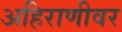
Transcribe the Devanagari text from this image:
अहिराणीवर